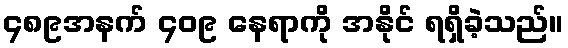
၄၈၉အနက် ၄၀၉ နေရာကို အနိုင် ရရှိခဲ့သည်။